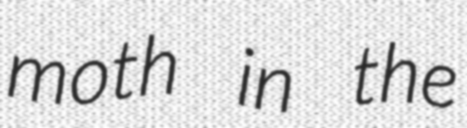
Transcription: moth in the